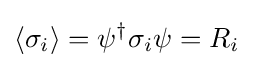
\langle \sigma _{i}\rangle =\psi ^{\dagger }\sigma _{i}\psi =R_{i}